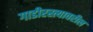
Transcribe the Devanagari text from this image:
गाडीरस्त्यावरील